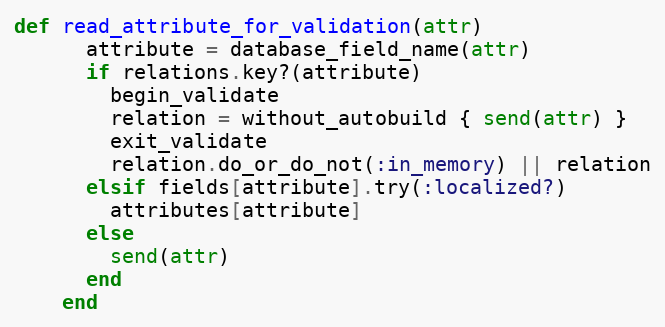
Language: Ruby
def read_attribute_for_validation(attr)
      attribute = database_field_name(attr)
      if relations.key?(attribute)
        begin_validate
        relation = without_autobuild { send(attr) }
        exit_validate
        relation.do_or_do_not(:in_memory) || relation
      elsif fields[attribute].try(:localized?)
        attributes[attribute]
      else
        send(attr)
      end
    end